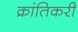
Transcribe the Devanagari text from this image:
क्रांतिकरी